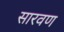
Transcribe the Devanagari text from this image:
सारवण